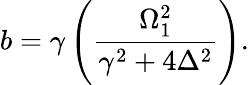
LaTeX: b=\gamma\left(\frac{\Omega_{1}^{2}}{\gamma^{2}+4\Delta^{2}}\right).